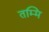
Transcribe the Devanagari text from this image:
तम्मि